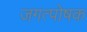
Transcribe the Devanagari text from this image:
जगत्पोषक